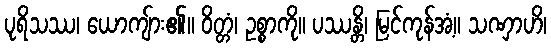
ပုရိသဿ၊ ယောကျ်ား၏။ ဝိတ္တံ၊ ဥစ္စာကို။ ပဿန္တိ၊ မြင်ကုန်အံ့။ သဏှာဟိ၊